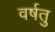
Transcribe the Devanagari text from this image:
वर्षतु